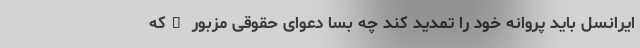
ایرانسل باید پروانه خود را تمدید کند چه بسا دعوای حقوقی مزبور –که